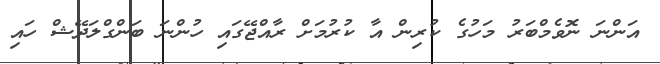
އަންނަ ނޮވެމްބަރު މަހުގެ ކުރިން އާ ކުރުމަށް ރާއްޖޭގައި ހުންނަ ބަންގްލަދޭޝް ހައި